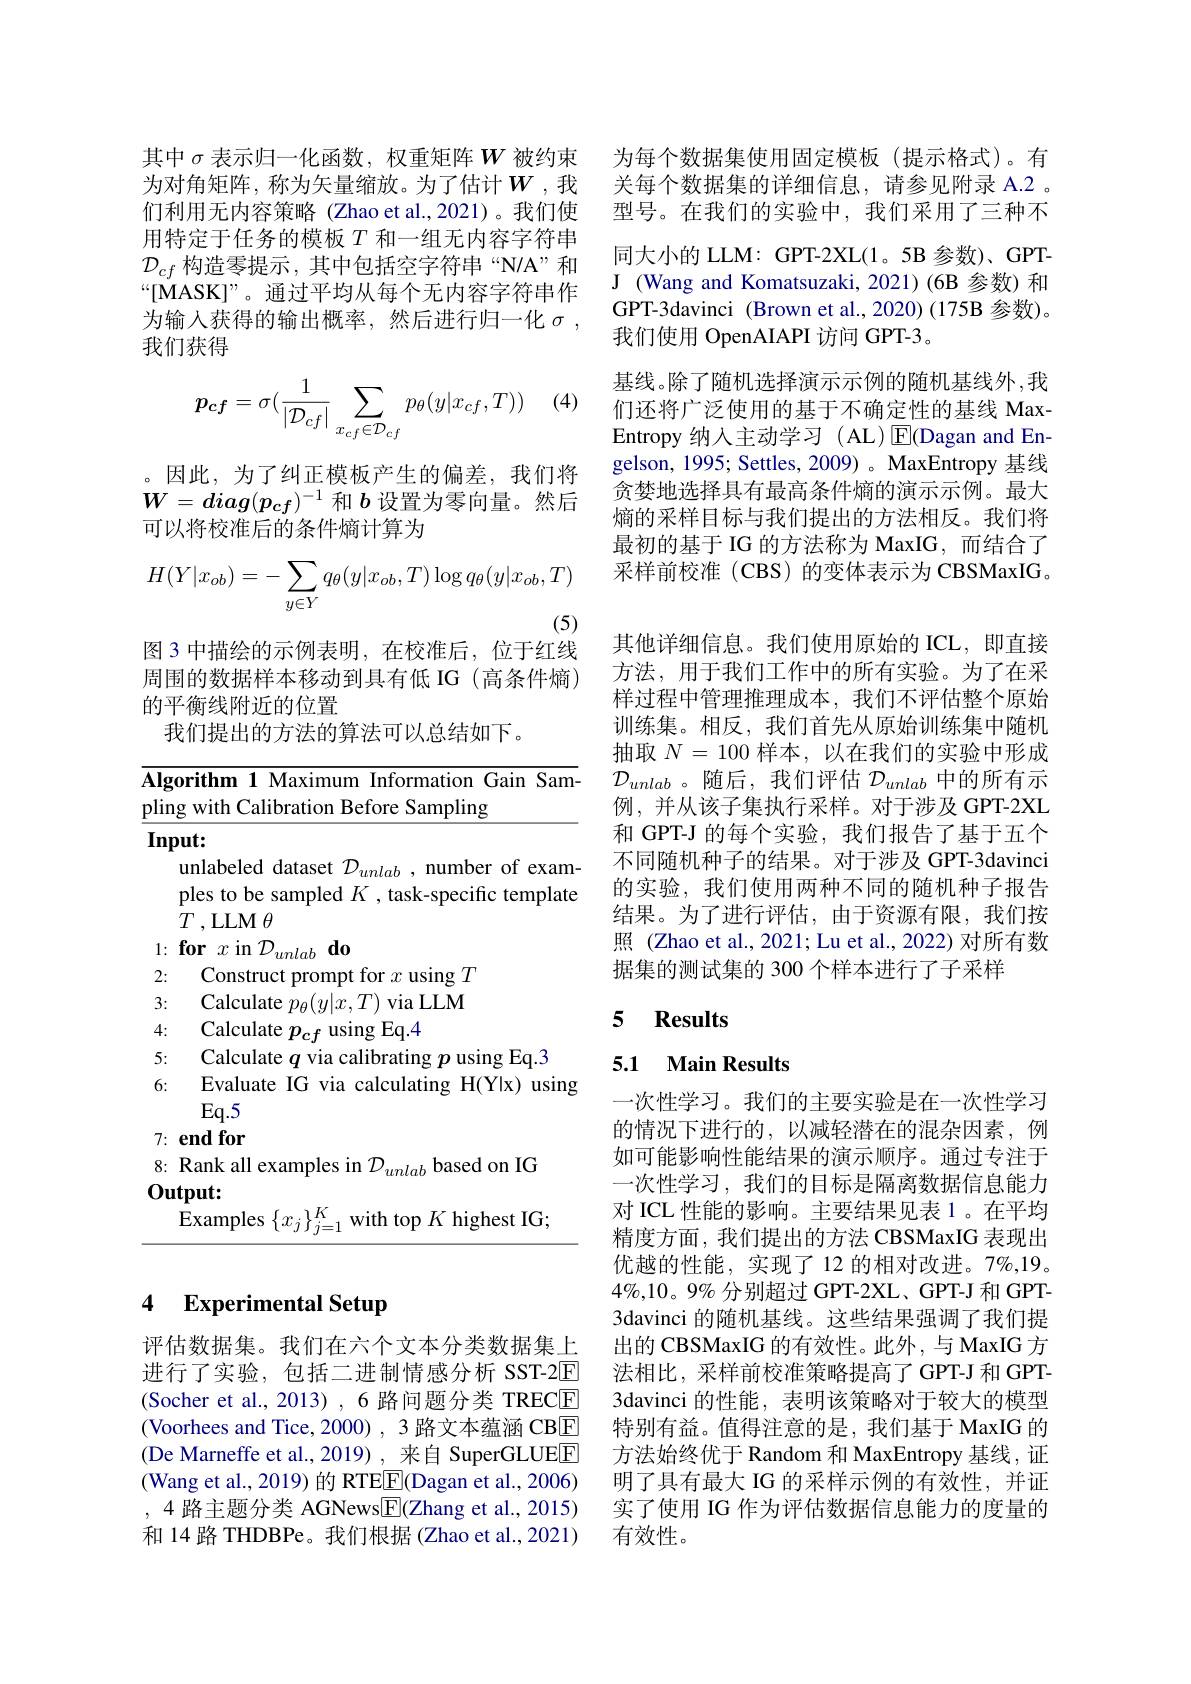
其中$\sigma$表示归一化函数，权重矩阵$W$被约束为对角矩阵，称为矢量缩放。为了估计$W$,我们利用无内容策略(Zhao et al.,2021)。我们使用特定于任务的模板$T$和一组无内容字符串$\mathcal{D}_{cf}$构造零提示，其中包括空字符串“N/A”和“[MASK]”。通过平均从每个无内容字符串作为输入获得的输出概率，然后进行归一化$\sigma$ , 我们获得

(4)
$$p_{cf}=\sigma(\frac{1}{|\mathcal{D}_{cf}|}\sum_{x_{cf}\in\mathcal{D}_{cf}}p_{\theta}(y|x_{cf},T))$$
。因此，为了纠正模板产生的偏差，我们将$W=diag(p_{cf})^{-1}$和$b$设置为零向量。然后可以将校准后的条件熵计算为
$$H(Y|x_{ob})=-\sum_{y\in Y}q_\theta(y|x_{ob},T)\log q_\theta(y|x_{ob},T)$$
(5)

图 3 中描绘的示例表明，在校准后，位于红线

周围的数据样本移动到具有低 IG (高条件熵)
的平衡线附近的位置
我们提出的方法的算法可以总结如下。

Algorithm 1 Maximum Information Gain Sam-

pling with Calibration Before Sampling

$Input:$
unlabeled dataset $\mathcal{D}_{unlab}$, number of examples to be sampled $K$ , task-specific template $T$ ,LLM $\theta$
$1: \textbf{for }x$in $\mathcal{D} _unlab\textbf{ do}$
2:
Construct prompt for $x$ using $T$
3:
Calculate $p_\theta(y|\bar{x},T)$ via LLM
4:
Calculate $p_{cf}$ using Eq.4
5:
Calculate $q$ via calibrating $p$ using Eq.3
6:
Evaluate IG via calculating H(Y|x) using
$Eq.5$ 7: end for 8: Rank all examples in $\mathcal{D}_{unlab}$ based on IG
$\mathbf{Output:}$
$\tilde{\text{Examples}}\{x_j\}_{j=1}^K$with top$K$ highest IG;

# 4 Experimental Setup

评估数据集。我们在六个文本分类数据集上进行了实验，包括二进制情感分析 SST-2E (Socher et al., 2013) , 6 路问题分类 TRECE (Voorhees and Tice, 2000) , 3 路文本蕴涵 CBE (De Marneffe et al.,2019) ,来自 SuperGLUEE (Wang et al., 2019) 的 RTEE(Dagan et al., 2006) ,4路主题分类 AGNews$\boxed{\mathrm{F}}($Zhang et al., 2015) 和 14 路 THDBPe。我们根据 (Zhao et al., 2021)

为每个数据集使用固定模板(提示格式)。有关每个数据集的详细信息，请参见附录 A.2 。型号。在我们的实验中，我们采用了三种不同大小的 LLM: GPT-2XL(1。5B 参数)、GPTJ (Wang and Komatsuzaki, 2021)(6B 参数) 和GPT-3davinci (Brown et al.,2020)(175B 参数)。我们使用 OpenAIAPI 访问 GPT-3。
基线。除了随机选择演示示例的随机基线外，我们还将广泛使用的基于不确定性的基线 MaxEntropy 纳人主动学习 (AL)$\operatorname{E}($Dagan and Engelson, 1995; Settles, 2009) 。MaxEntropy 基线贪婪地选择具有最高条件熵的演示示例。最大熵的采样目标与我们提出的方法相反。我们将最初的基于 IG 的方法称为 MaxIG, 而结合了采样前校准(CBS)的变体表示为 CBSMaxIG。其他详细信息。我们使用原始的 ICL,即直接方法，用于我们工作中的所有实验。为了在采样过程中管理推理成本，我们不评估整个原始训练集。相反，我们首先从原始训练集中随机抽取$N=100$样本，以在我们的实验中形成$\mathcal{D}_{unlab}$。随后，我们评估$\mathcal{D}_unlab$中的所有示例，并从该子集执行采样。对于涉及 GPT-2XL 和 GPT-J 的每个实验，我们报告了基于五个不同随机种子的结果。对于涉及 GPT-3davinci 的实验，我们使用两种不同的随机种子报告结果。为了进行评估，由于资源有限，我们按照 (Zhao et al., 2021; Lu et al., 2022) 对所有数据集的测试集的 300 个样本进行了子采样

## 5 $\textbf{Results}$

## 5.1 Main Results

一次性学习。我们的主要实验是在一次性学习的情况下进行的，以减轻潜在的混杂因素，例如可能影响性能结果的演示顺序。通过专注于一次性学习，我们的目标是隔离数据信息能力对 ICL 性能的影响。主要结果见表 1。在平均精度方面，我们提出的方法 CBSMaxIG 表现出优越的性能，实现了12 的相对改进。7%,19。$4\%,10。9\%$分别超过 GPT-2XL、GPT-J 和 GPT- 3davinci 的随机基线。这些结果强调了我们提出的 CBSMaxIG 的有效性。此外，与 MaxIG 方法相比，采样前校准策略提高了 GPT-J 和 GPT- 3davinci 的性能，表明该策略对于较大的模型特别有益。值得注意的是，我们基于 MaxIG 的方法始终优于 Random 和 MaxEntropy 基线，证明了具有最大 IG 的采样示例的有效性，并证实了使用 IG 作为评估数据信息能力的度量的有效性。